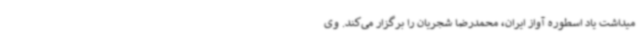
میداشت یاد اسطوره آواز ایران، محمدرضا شجریان را برگزار می‌کند. وی